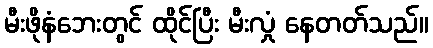
မီးဖိုနံဘေးတွင် ထိုင်ပြီး မီးလှုံ နေတတ်သည်။